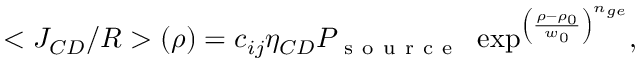
< J _ { C D } / R > ( \rho ) = c _ { i j } \eta _ { C D } P _ { \mathrm { ~ s ~ o ~ u ~ r ~ c ~ e ~ } } \, \, \exp ^ { \left( \frac { \rho - \rho _ { 0 } } { w _ { 0 } } \right) ^ { n _ { g e } } } ,